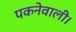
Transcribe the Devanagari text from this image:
पकनेवाली।